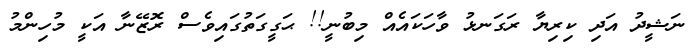
ނަޝީދު އަދި ކިރިޔާ ރަގަނޅު ވާހަކައެއް މިބުނީ!! ޙަގީގަތުގައިވެސް ރޮޒޭނާ އަކީ މުހިންމު